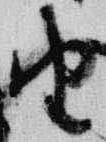
由